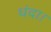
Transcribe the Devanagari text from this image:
धंदा।